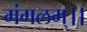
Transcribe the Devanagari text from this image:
मंगलम्।।